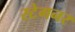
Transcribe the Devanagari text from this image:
स्टेगनर